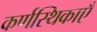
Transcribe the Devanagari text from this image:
कर्णस्थिकाएँ